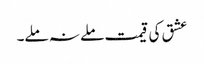
عشق کی قیمت ملے نہ ملے۔